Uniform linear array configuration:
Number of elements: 64
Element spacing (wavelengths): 0.5
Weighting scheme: hann
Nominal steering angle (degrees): -45
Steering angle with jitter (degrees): -45.863
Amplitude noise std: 0.05
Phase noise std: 0.05

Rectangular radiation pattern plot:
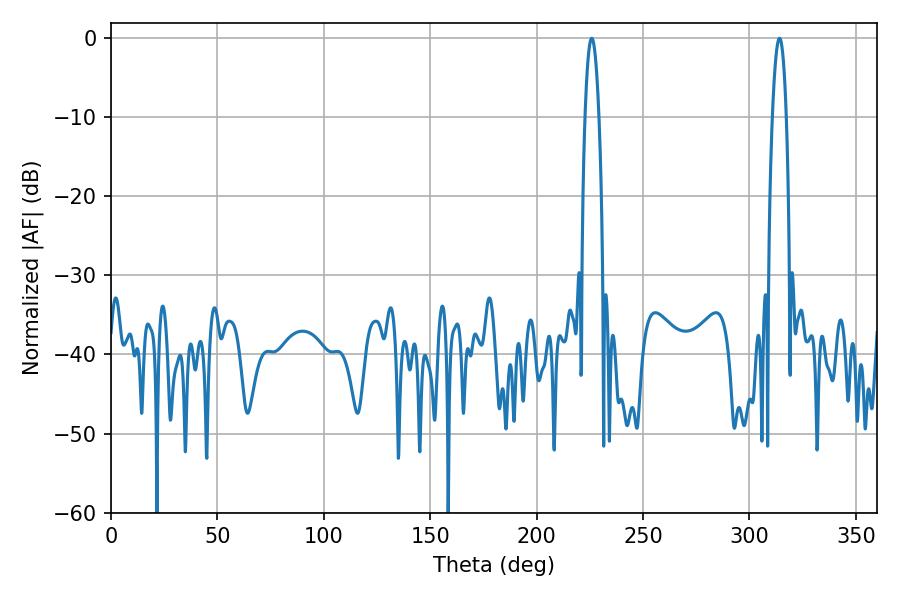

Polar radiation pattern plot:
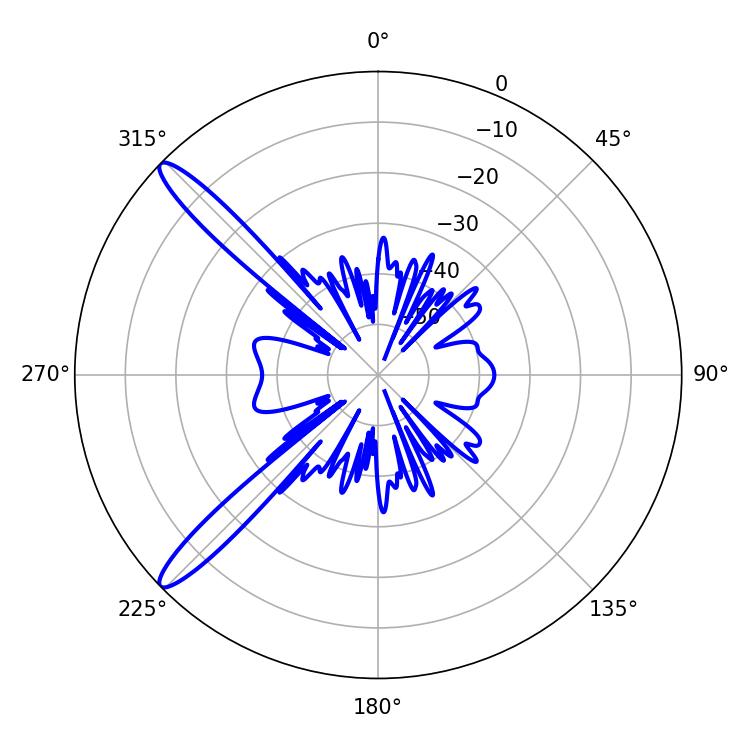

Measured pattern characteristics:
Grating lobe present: FALSE
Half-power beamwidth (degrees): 3.6
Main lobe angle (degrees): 225.9